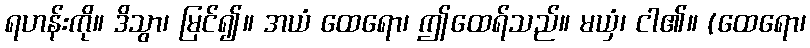
ရဟန်းကို။ ဒိသွာ၊ မြင်၍။ အယံ ထေရော၊ ဤထေရ်သည်။ မယှံ၊ ငါ၏။ (ထေရော၊